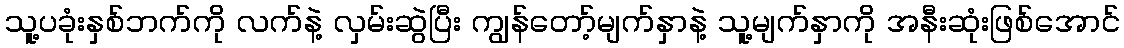
သူ့ပခုံးနှစ်ဘက်ကို လက်နဲ့ လှမ်းဆွဲပြီး ကျွန်တော့်မျက်နှာနဲ့ သူ့မျက်နှာကို အနီးဆုံးဖြစ်အောင်